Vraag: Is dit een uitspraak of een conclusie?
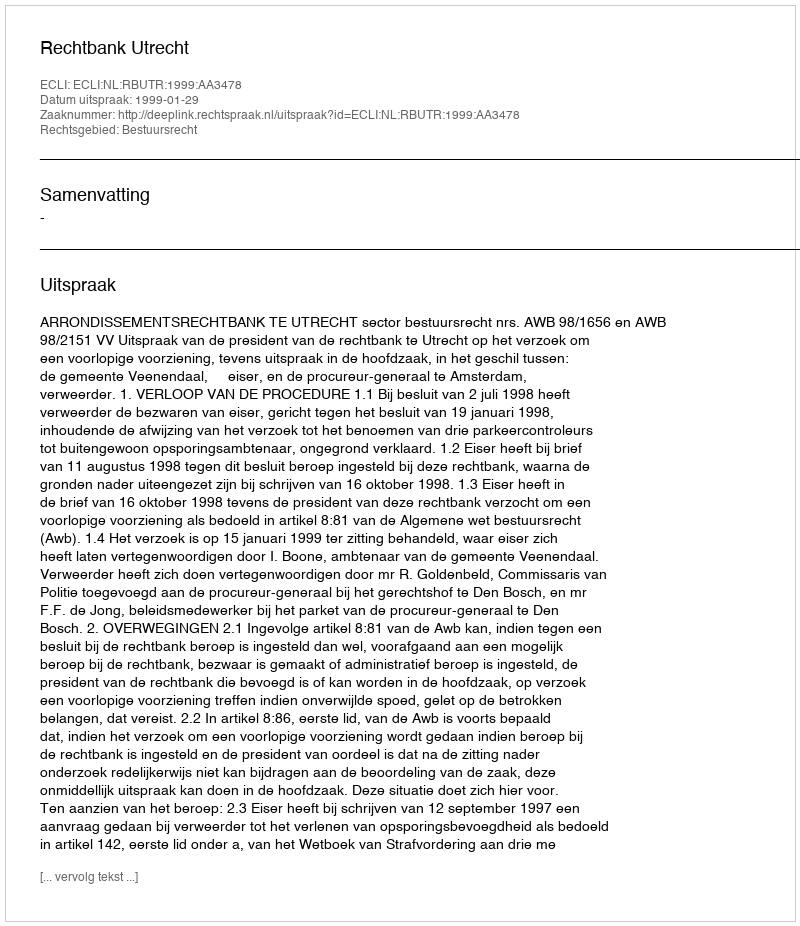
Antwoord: Uitspraak